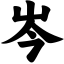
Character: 岑